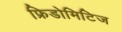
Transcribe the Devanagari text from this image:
फ्रिडोमिटिज